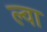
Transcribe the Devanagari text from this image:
ल्वा